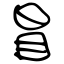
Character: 冒